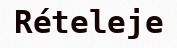
Rételeje